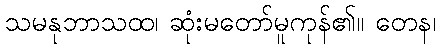
သမနုဘာသထ၊ ဆုံးမတော်မူကုန်၏။ တေန၊